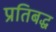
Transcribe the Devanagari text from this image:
प्रतिबद्ध